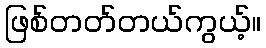
ဖြစ်တတ်တယ်ကွယ့်။